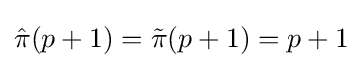
{\hat {\pi }}(p+1)={\tilde {\pi }}(p+1)=p+1